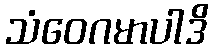
သံဝေဂမာပါဒိ